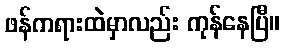
ဖန်ကရားထဲမှာလည်း ကုန်နေပြီ။